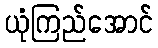
ယုံကြည်အောင်